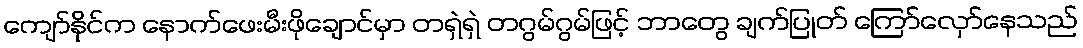
ကျော်နိုင်က နောက်ဖေးမီးဖိုချောင်မှာ တရှဲရှဲ တဂွမ်ဂွမ်ဖြင့် ဘာတွေ ချက်ပြုတ် ကြော်လှော်နေသည်